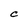
Character: C